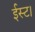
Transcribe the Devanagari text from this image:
ईस्ट।